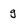
Character: g